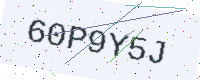
Text: 60P9Y5J